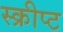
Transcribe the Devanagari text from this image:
स्क्रीप्ट